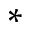
^ { \ast }